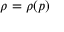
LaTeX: \rho = \rho ( p )